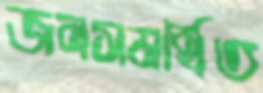
জনসমর্থিত